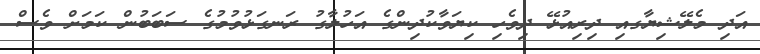
އަދި މެލޭޝިޔާގއި ދިރިއުޅޭ ދިވެހި ކިޔަވާކުދިންގެ އަހުލާގު ރަނގަޅުވުމުގެ ސަބަބުން ކަމަށް ވެސް